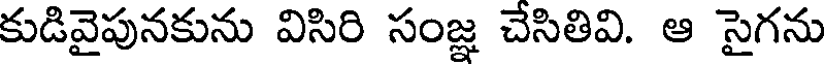
కుడివైపునకును విసిరి సంజ్ఞ చేసితివి. ఆ సైగను